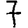
Digit: 7